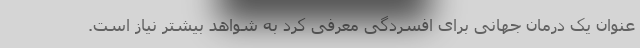
عنوان یک درمان جهانی برای افسردگی معرفی کرد به شواهد بیشتر نیاز است.